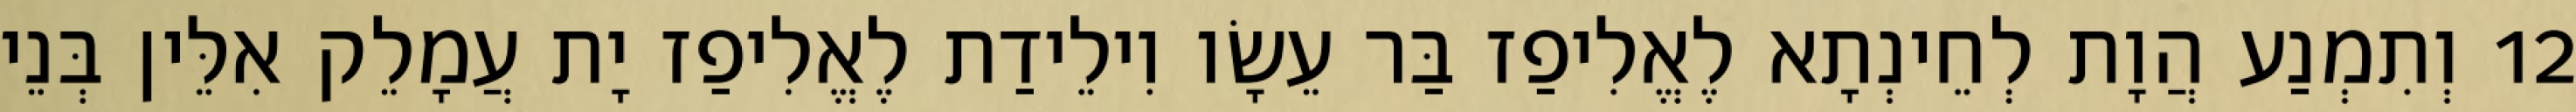
12 וְתִמְנַע הֲוָת לְחֵינְתָא לֶאֱלִיפַז בַּר עֵשָׂו וִילֵידַת לֶאֱלִיפַז יָת עֲמָלֵק אִלֵּין בְּנֵי